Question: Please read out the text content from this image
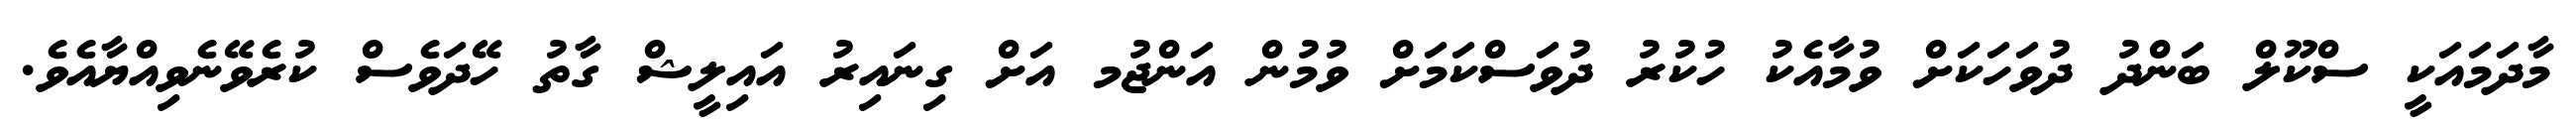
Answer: މާދަމައަކީ ސްކޫލް ބަންދު ދުވަހަކަށް ވުމާއެކު ހުކުރު ދުވަސްކަމަށް ވުމުން އަންޖުމ އަށް ގިނައިރު އައިލީޝް ގާތު ހޭދަވެސް ކުރެވޭނެވިއްޔާއެވެ.